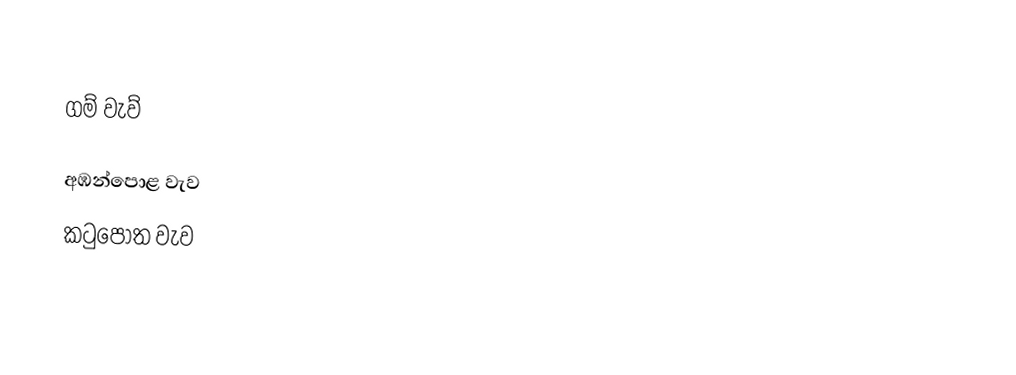

ගම් වැව්

 අඹන්පොළ වැව
 කටුපොත වැව